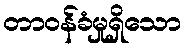
တာဝန်ခံမှုရှိသော